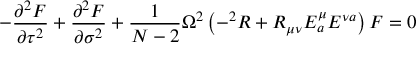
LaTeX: - \frac { \partial ^ { 2 } F } { \partial \tau ^ { 2 } } + \frac { \partial ^ { 2 } F } { \partial \sigma ^ { 2 } } + \frac { 1 } { N - 2 } \Omega ^ { 2 } \left( - ^ { 2 } R + R _ { \mu \nu } E _ { a } ^ { \mu } E ^ { \nu a } \right) F = 0